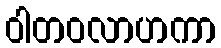
ဝါတဝလာဟကာ